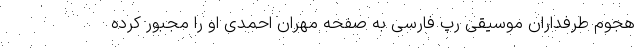
هجوم طرفداران موسیقی رپ فارسی به صفحه مهران احمدی او را مجبور کرده